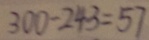
3 0 0 - 2 4 3 = 5 7